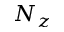
N _ { z }